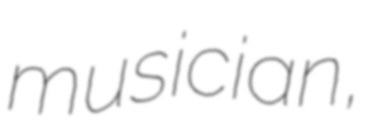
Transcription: musician,